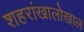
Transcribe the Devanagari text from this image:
शहरांखालोखाल